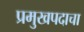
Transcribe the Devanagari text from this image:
प्रमुखपदाचा